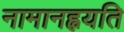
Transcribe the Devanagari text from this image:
नामानह्वयति